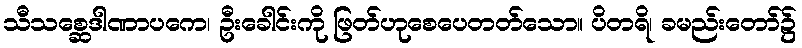
သီသစ္ဆေဒါဏာပကေ၊ ဦးခေါင်းကို ဖြတ်ဟုစေပေတတ်သော။ ပိတရိ၊ ခမည်းတော်၌